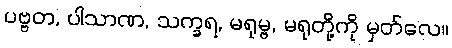
ပဗ္ဗတ, ပါသာဏ, သက္ခရ, မရုမ္ဗ, မရုတို့ကို မှတ်လေ။